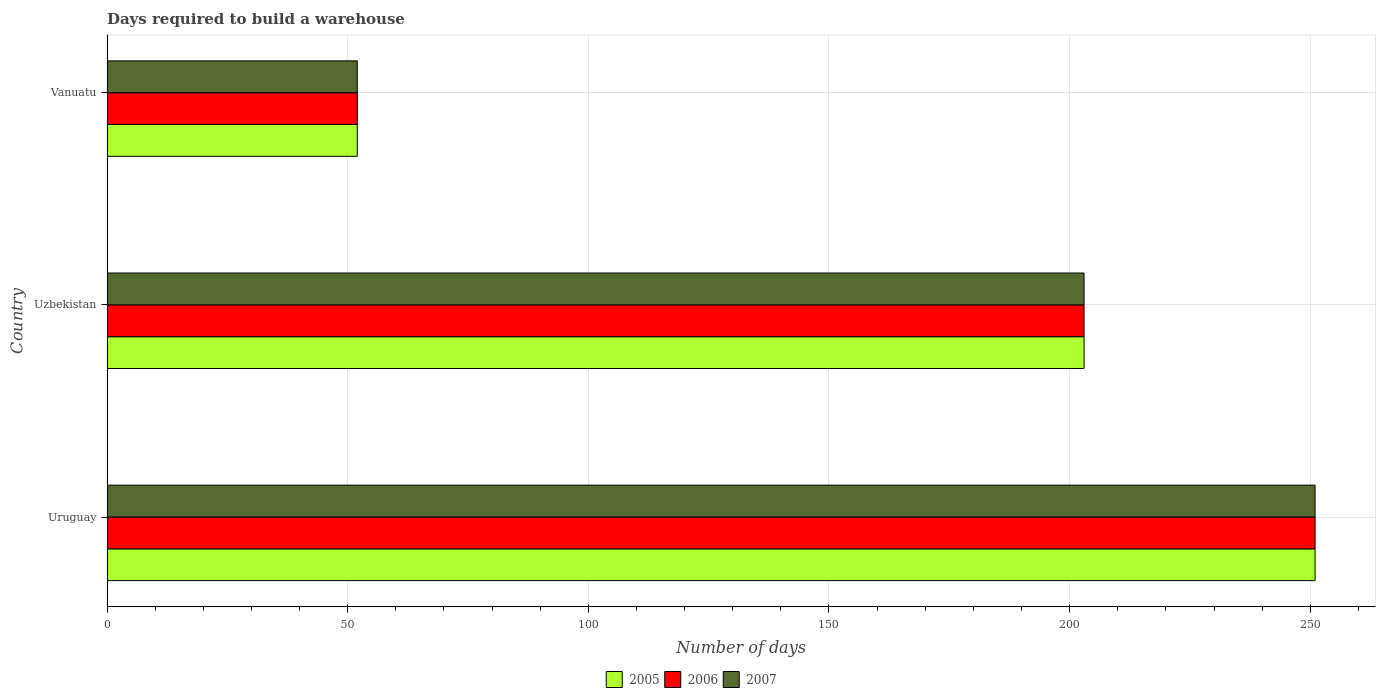
| Country | 2005 | 2006 | 2007 |
 | --- | --- | --- | --- |
 | Uruguay | 251 | 251 | 251 |
 | Uzbekistan | 203 | 203 | 203 |
 | Vanuatu | 52 | 52 | 52 |